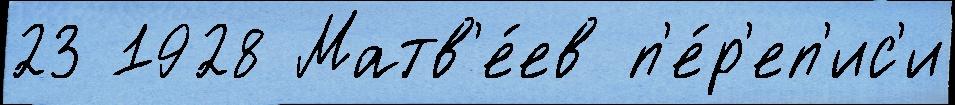
23 1928 Матв'е́ев п'е́р'еп'ис'и